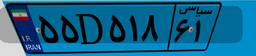
۵۵D۵۱۸۶۱